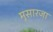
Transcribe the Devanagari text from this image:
मूसारजा